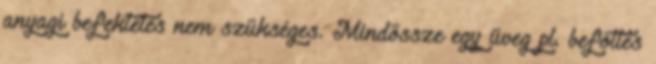
anyagi befektetés nem szükséges. Mindössze egy üveg pl. befőttes